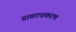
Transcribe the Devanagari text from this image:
प्रागट्यकरण